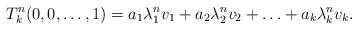
\begin{align*}T^n_k (0,0, \ldots, 1) = a_1 \lambda_1^n v_1 + a_2 \lambda_2^n v_2 + \ldots + a_k \lambda_k^n v_k.\end{align*}